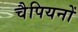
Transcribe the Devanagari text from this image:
चैपियनों